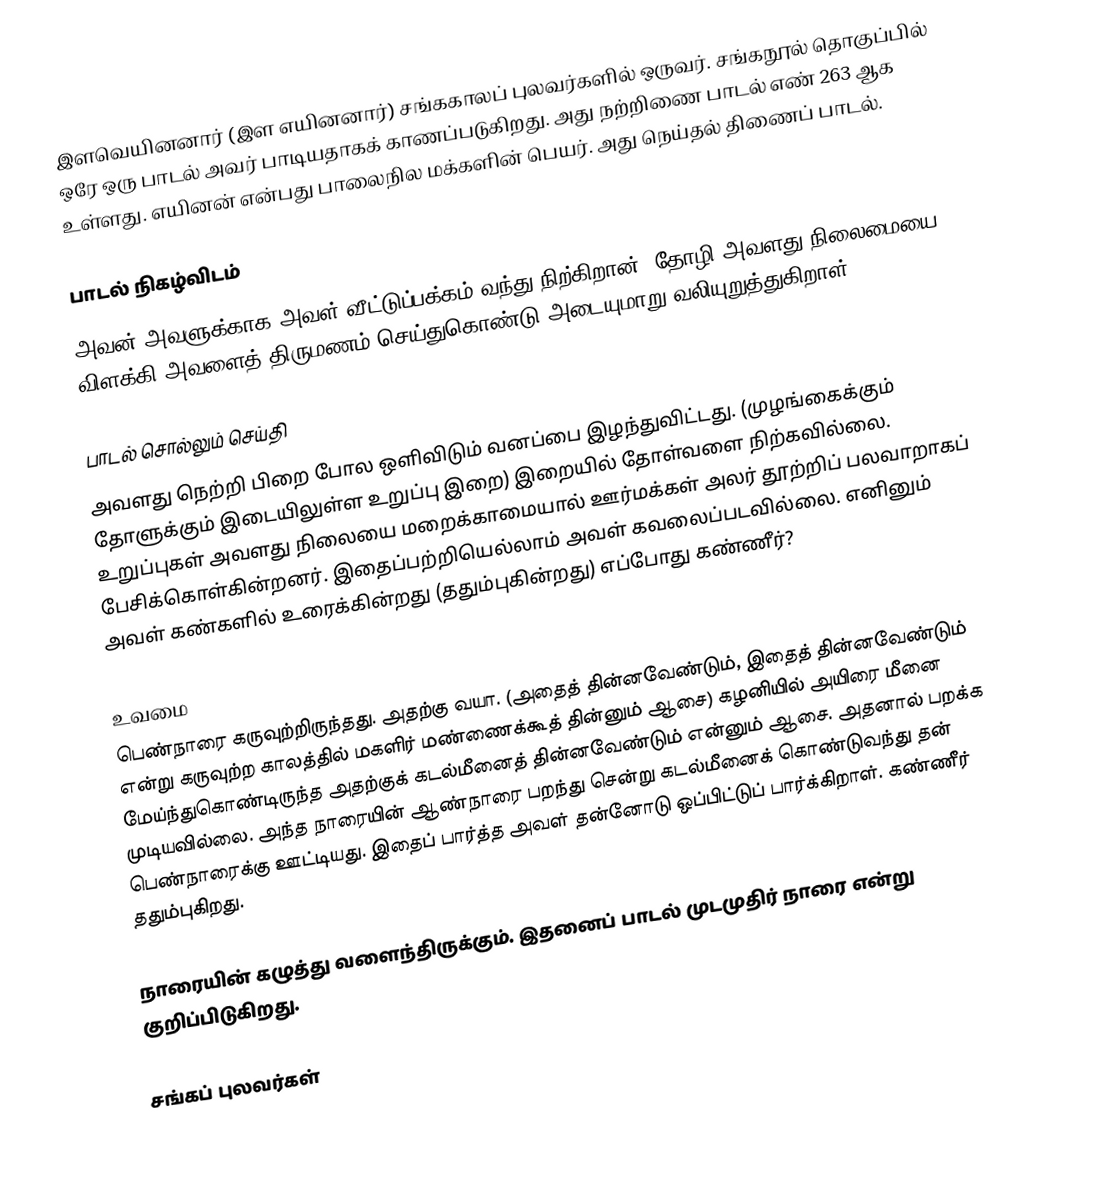
இளவெயினனார் (இள எயினனார்) சங்ககாலப் புலவர்களில் ஒருவர். சங்கநூல் தொகுப்பில் ஒரே ஒரு பாடல் அவர் பாடியதாகக் காணப்படுகிறது. அது நற்றிணை பாடல் எண் 263 ஆக உள்ளது. எயினன் என்பது பாலைநில மக்களின் பெயர். அது நெய்தல் திணைப் பாடல்.

பாடல் நிகழ்விடம்
அவன் அவளுக்காக அவள் வீட்டுப்பக்கம் வந்து நிற்கிறான். தோழி அவளது நிலைமையை விளக்கி அவளைத் திருமணம் செய்துகொண்டு அடையுமாறு வலியுறுத்துகிறாள்.

பாடல் சொல்லும் செய்தி
அவளது நெற்றி பிறை போல ஒளிவிடும் வனப்பை இழந்துவிட்டது. (முழங்கைக்கும் தோளுக்கும் இடையிலுள்ள உறுப்பு இறை) இறையில் தோள்வளை நிற்கவில்லை. உறுப்புகள் அவளது நிலையை மறைக்காமையால் ஊர்மக்கள் அலர் தூற்றிப் பலவாறாகப் பேசிக்கொள்கின்றனர். இதைப்பற்றியெல்லாம் அவள் கவலைப்படவில்லை. எனினும் அவள் கண்களில் உரைக்கின்றது (ததும்புகின்றது) எப்போது கண்ணீர்?

உவமை
பெண்நாரை கருவுற்றிருந்தது. அதற்கு வயா. (அதைத் தின்னவேண்டும், இதைத் தின்னவேண்டும் என்று கருவுற்ற காலத்தில் மகளிர் மண்ணைக்கூத் தின்னும் ஆசை) கழனியில் அயிரை மீனை மேய்ந்துகொண்டிருந்த அதற்குக் கடல்மீனைத் தின்னவேண்டும் என்னும் ஆசை. அதனால் பறக்க முடியவில்லை. அந்த நாரையின் ஆண்நாரை பறந்து சென்று கடல்மீனைக் கொண்டுவந்து தன் பெண்நாரைக்கு ஊட்டியது. இதைப் பார்த்த அவள் தன்னோடு ஒப்பிட்டுப் பார்க்கிறாள். கண்ணீர் ததும்புகிறது.

நாரையின் கழுத்து வளைந்திருக்கும். இதனைப் பாடல் முடமுதிர் நாரை என்று குறிப்பிடுகிறது.

சங்கப் புலவர்கள்